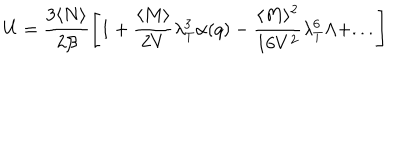
U = \frac { 3 \langle N \rangle } { 2 \beta } \left[ 1 + \frac { \langle M \rangle } { 2 V } \lambda _ { T } ^ { 3 } \alpha ( q ) - \frac { \langle M \rangle ^ { 2 } } { 1 6 V ^ { 2 } } \lambda _ { T } ^ { 6 } \Lambda + . . . \right]